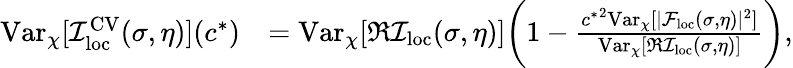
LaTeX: \begin{array}{rl}{\mathrm{Var}_{\chi}[\mathcal{I}_{\mathrm{loc}}^{\mathrm{CV}}(\sigma,\eta)](c^{*})}&{=\mathrm{Var}_{\chi}[\Re\mathcal{I}_{\mathrm{loc}}(\sigma,\eta)]\bigg(1-\frac{{c^{*}}^{2}\mathrm{Var}_{\chi}[|\mathcal{F}_{\mathrm{loc}}(\sigma,\eta)|^{2}]}{\mathrm{Var}_{\chi}[\Re\mathcal{I}_{\mathrm{loc}}(\sigma,\eta)]}\bigg),}\end{array}